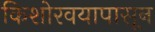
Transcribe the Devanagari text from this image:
किशोरवयापासून